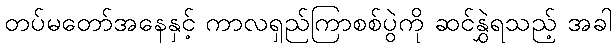
တပ်မတော်အနေနှင့် ကာလရှည်ကြာစစ်ပွဲကို ဆင်နွှဲရသည့် အခါ